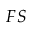
{ \boldsymbol { F } } { \boldsymbol { S } }